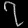
Digit: ၇